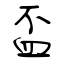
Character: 盃